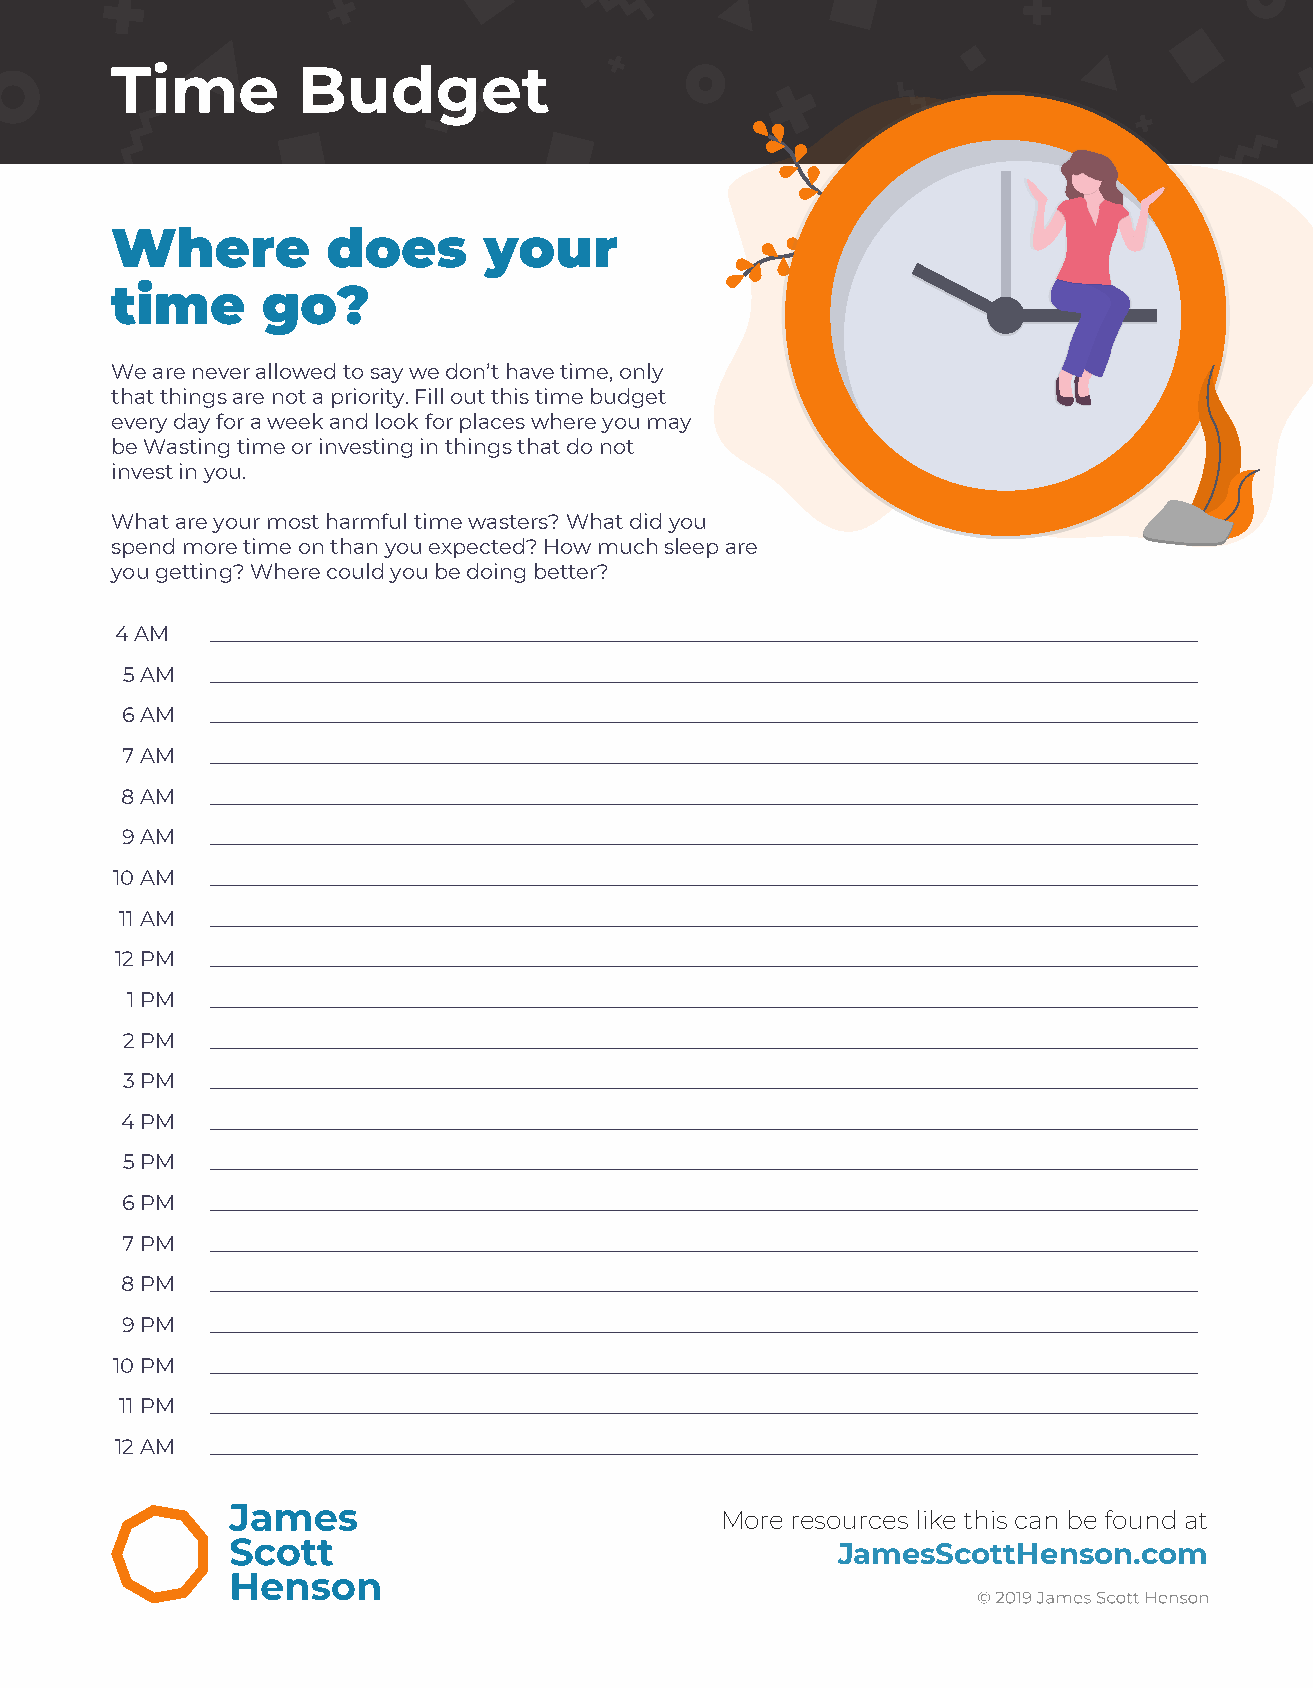
Time         Budget
 Where          does      your
 time      go?
 We are never allowed to say we don’t have time, only
 that things are not a priority. Fill out this time budget
 every day for a week and look for places where you may
 be Wasting time or investing in things that do not
 invest in you.
 What are your most harmful time wasters? What did you
 spend more time on than you expected? How much sleep are
 you getting? Where could you be doing better?
 4 AM  _______________________________________________________________________________
 5 AM  _______________________________________________________________________________
 6 AM  _______________________________________________________________________________
 7 AM  _______________________________________________________________________________
 8 AM  _______________________________________________________________________________
 9 AM  _______________________________________________________________________________
 10 AM  _______________________________________________________________________________
 11 AM _______________________________________________________________________________
 12 PM _______________________________________________________________________________
 1 PM  _______________________________________________________________________________
 2 PM  _______________________________________________________________________________
 3 PM  _______________________________________________________________________________
 4 PM  _______________________________________________________________________________
 5 PM  _______________________________________________________________________________
 6 PM  _______________________________________________________________________________
 7 PM  _______________________________________________________________________________
 8 PM  _______________________________________________________________________________
 9 PM  _______________________________________________________________________________
 10 PM  _______________________________________________________________________________
 11 PM _______________________________________________________________________________
 12 AM _______________________________________________________________________________
 More resources like this can be found at
 JamesScottHenson.com